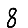
Digit: 8